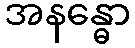
အနန္ဓော